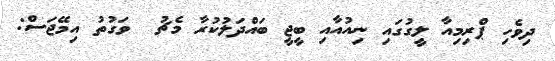
ދިވެހި ޕްރިމިއާ ލީގުގައި ނިއުއާއި ބީޖީ ބައްދަލުކުރާ މެޗު  ވަގުތު އިމޭޖަސް: